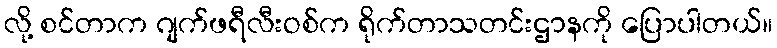
လို့ စင်တာက ဂျက်ဖရီလီးဝစ်က ရိုက်တာသတင်းဌာနကို ပြောပါတယ်။